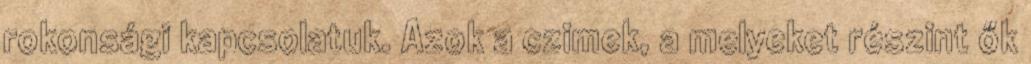
rokonsági kapcsolatuk. Azok a czimek, a melyeket részint ők